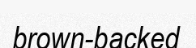
brown-backed